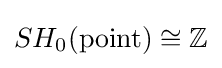
SH_{0}({\text{point}})\cong \mathbb {Z}